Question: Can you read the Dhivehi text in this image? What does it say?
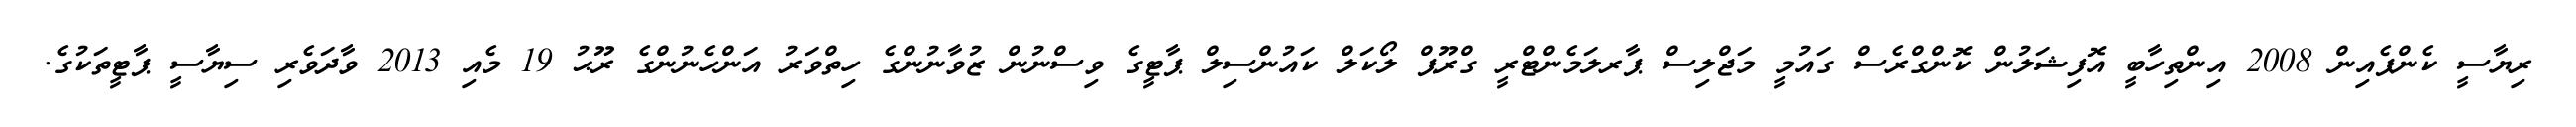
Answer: ރިޔާސީ ކެންޕެއިން 2008 އިންތިހާބީ އޮފިޝަލުން ކޮންގްރެސް ގައުމީ މަޖްލިސް ޕާރލަމެންޓްރީ ގްރޫޕް ލޯކަލް ކައުންސިލް ޕާޓީގެ ވިސްނުން ޒުވާނުންގެ ހިތްވަރު އަންހެނުންގެ ރޫޙު 19 މެއި 2013 ވާދަވެރި ސިޔާސީ ޕާޓީތަކުގެ.